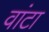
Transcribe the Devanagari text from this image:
वांटा